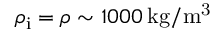
\rho _ { \mathrm { i } } = \rho \sim 1 0 0 0 \, \mathrm { k g / m ^ { 3 } }